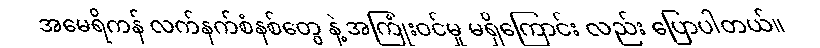
အမေရိကန် လက်နက်စံနစ်တွေ နဲ့ အကြုံးဝင်မှု မရှိကြောင်း လည်း ပြောပါတယ်။